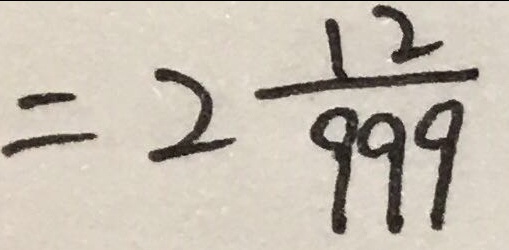
= 2 \frac { 1 2 } { 9 9 9 }